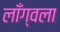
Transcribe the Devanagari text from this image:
लाँग्वला